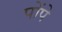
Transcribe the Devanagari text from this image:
पोंपे